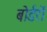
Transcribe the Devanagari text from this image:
बोर्डरों